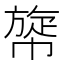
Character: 𢄲